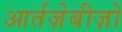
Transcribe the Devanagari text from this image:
आर्तज़ेबीज़ो